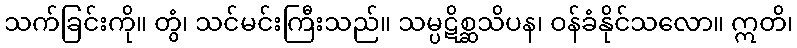
သက်ခြင်းကို။ တွံ၊ သင်မင်းကြီးသည်။ သမ္ပဋိစ္ဆသိပန၊ ဝန်ခံနိုင်သလော။ ဣတိ၊